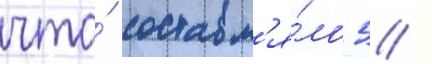
что́ составл'я́ло 5 /